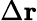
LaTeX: \Delta\textbf{r}